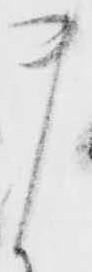
ま